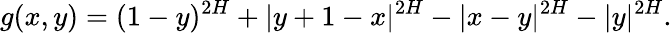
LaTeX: g(x,y)=(1-y)^{2H}+|y+1-x|^{2H}-|x-y|^{2H}-|y|^{2H}.